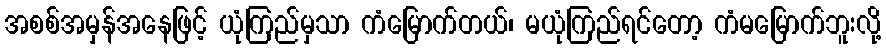
အစစ်အမှန်အနေဖြင့် ယုံကြည်မှသာ ကံမြောက်တယ်၊ မယုံကြည်ရင်တော့ ကံမမြောက်ဘူးလို့